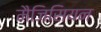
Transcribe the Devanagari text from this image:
मैजिसियन